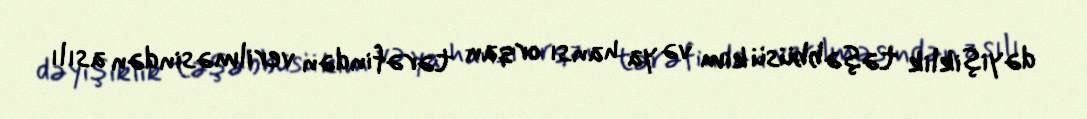
dəyişiklik təşəbbüsü kim və ya hansı orqan tərəfindən verilməsindən asılı